Problem: 8 × 2 = ?
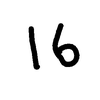
Handwritten answer: 16